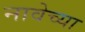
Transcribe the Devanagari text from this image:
नावेच्या